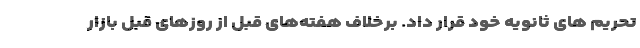
تحریم های ثانویه خود قرار داد. برخلاف هفته‌های قبل از روزهای قبل بازار